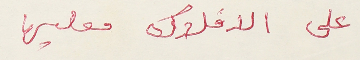
على الافلاك معليها